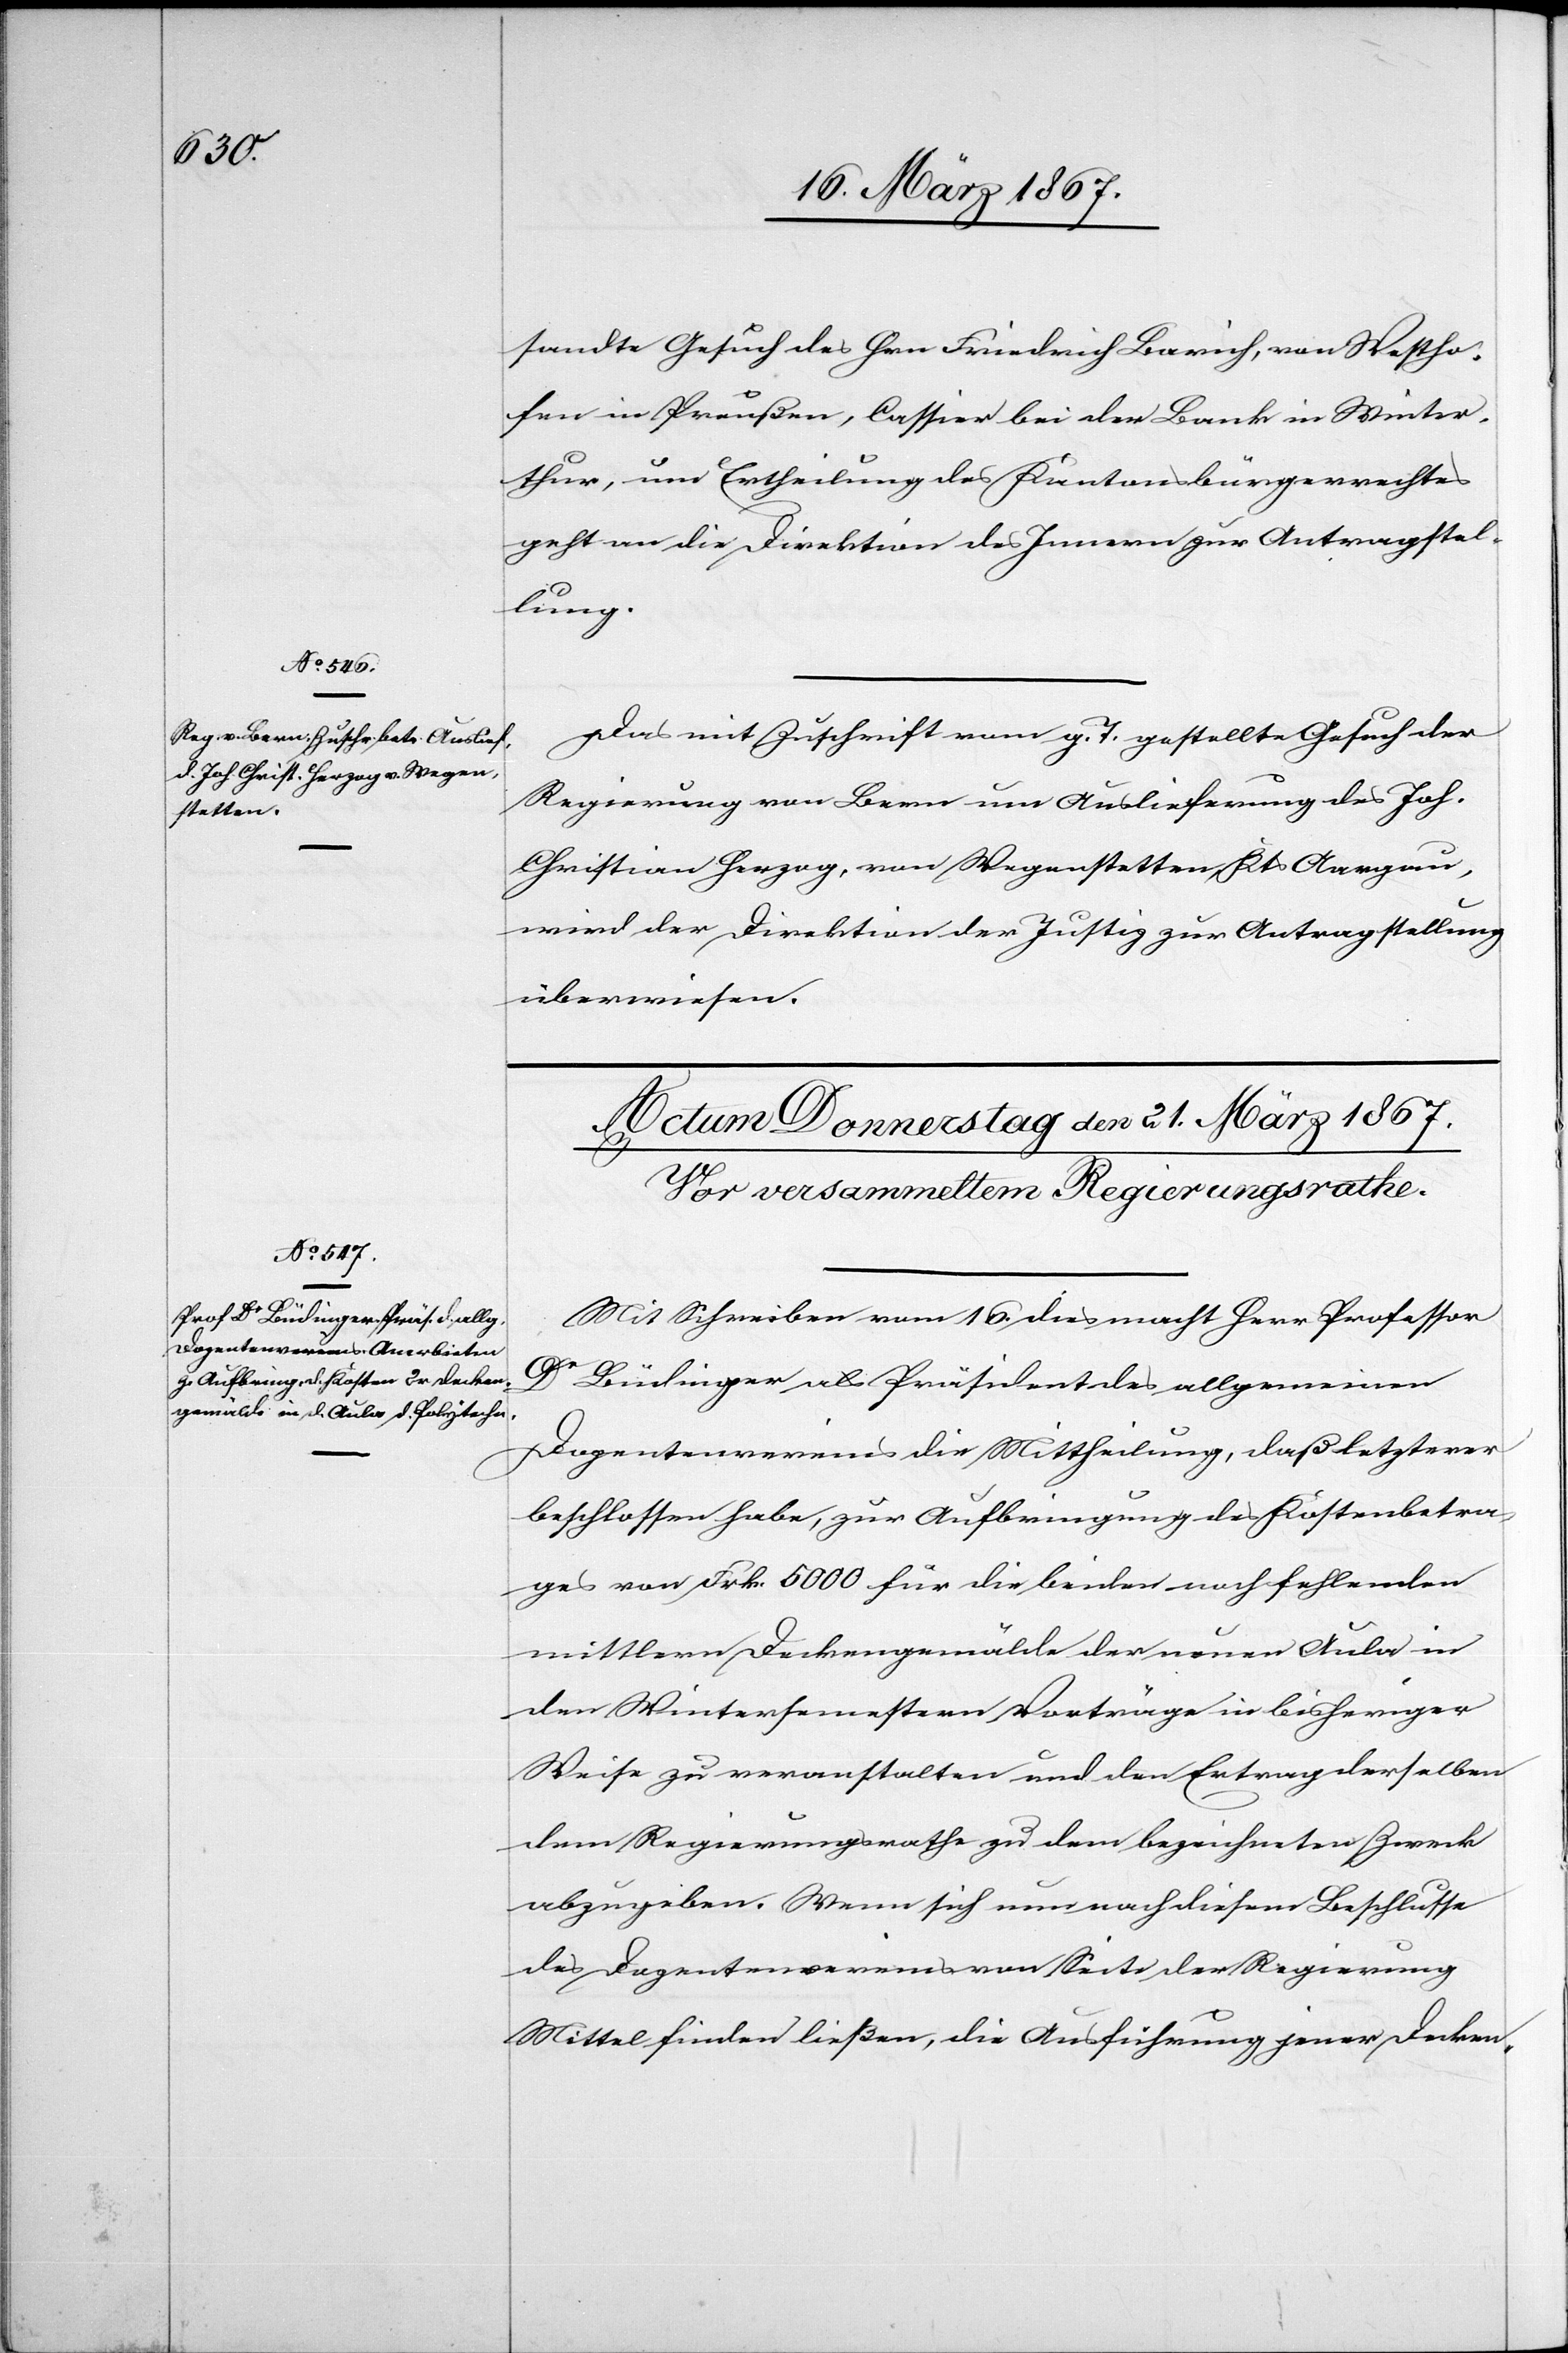
20. März 1867.]
sandte Gesuch des Hrn. Friedrich Barich, von Westho¬
fen in Preußen, Cassier bei der Bank in Winter¬
thur, um Ertheilung des Kantonsbürgerrechtes
geht an die Direktion des Innern zur Antragstel¬
lung.
Das mit Zuschrift vom g. T. gestellte Gesuch der
Regierung von Bern um Auslieferung des Joh.
Christian Herzog, von Wegenstetten Kts Aargau,
wird der Direktion der Justiz zur Antragstellung
überwiesen.
Mit Schreiben vom 16. dies macht Herr Professor
Dr Bädinger als Präsident des allgemeinen
Dozentenvereines die Mittheilung, daß letzterer
beschlossen habe, zur Aufbringung des Kostenbetra¬
ges von Frk. 5000 für die beiden noch fehlenden
mittlern Deckengemälde der neuen Aula in
den Wintersemestern Vorträge in bisheriger
Weise zu veranstalten und den Ertrag derselben
dem Regierungsrathe zu dem bezeichneten Zweck
abzugeben. Wenn sich nun nach diesem Beschlusse
des Dozentenvereines von Seite der Regierung
Mittel finden ließen, die Ausführung jener Decken-